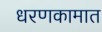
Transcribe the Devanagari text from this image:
धरणकामात